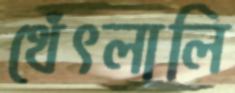
থেঁৎলালি